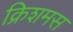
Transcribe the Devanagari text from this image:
क्रिशमस